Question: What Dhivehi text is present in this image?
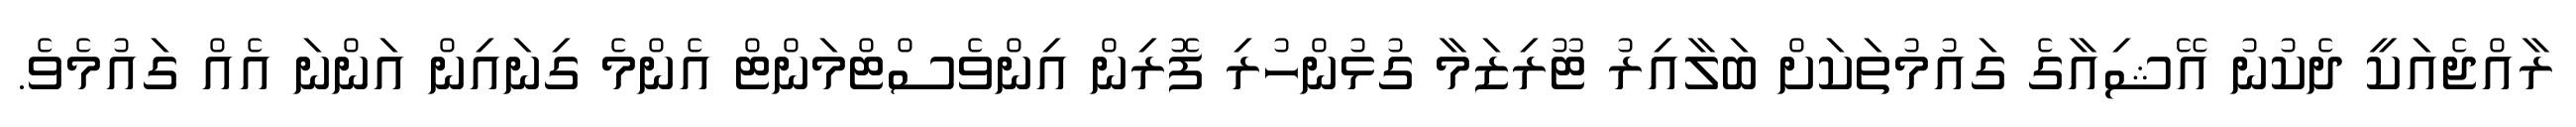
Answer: ރާއްޖެއަކީ ދެކުނު އޭޝިއާގެ ގައުމުތަކަށް ބަލާއިރު ޓޫރިޒަމާ ގުޅުންހުރި ފޮރިން އިންވެސްޓްމަންޓް އެންމެ ގިނައިން އަންނަ އެއް ގައުމެވެ.